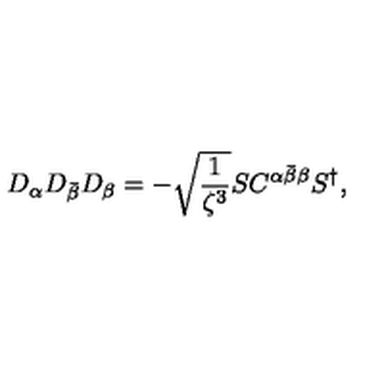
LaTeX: D _ { \alpha } D _ { \bar { \beta } } D _ { \beta } = - \sqrt { \frac { 1 } { \zeta ^ { 3 } } } S C ^ { \alpha \bar { \beta } \beta } S ^ { \dagger } ,